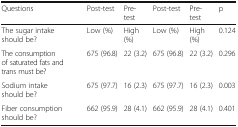
<table><thead><tr><td><b>Questions</b></td><td><b>Post-test</b></td><td><b>Pre-test</b></td><td><b>Post-test</b></td><td><b>Pre-test</b></td><td><b>p</b></td></tr></thead><tbody><tr><td>The sugar intake should be?</td><td>Low (%)</td><td>High (%)</td><td>Low (%)</td><td>High (%)</td><td>0.124</td></tr><tr><td>The consumption of saturated fats and trans must be?</td><td>675 (96.8)</td><td>22 (3.2)</td><td>675 (96.8)</td><td>22 (3.2)</td><td>0.296</td></tr><tr><td>Sodium intake should be?</td><td>675 (97.7)</td><td>16 (2.3)</td><td>675 (97.7)</td><td>16 (2.3)</td><td>0.003</td></tr><tr><td>Fiber consumption should be?</td><td>662 (95.9)</td><td>28 (4.1)</td><td>662 (95.9)</td><td>28 (4.1)</td><td>0.401</td></tr></tbody></table>